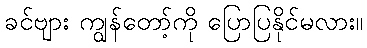
ခင်ဗျား ကျွန်တော့်ကို ပြောပြနိုင်မလား။